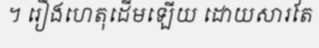
។ រឿងហេតុដើមឡើយ ដោយសារតែ